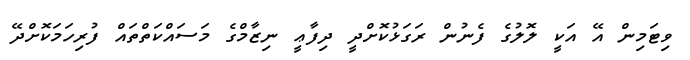
ވިޓަމިން އޭ އަކީ ލޮލުގެ ފެނުން ރަގަޅުކޮށްދީ ދިފާޢީ ނިޒާމްގެ މަސައްކަތްތައް ފުރިހަމަކޮށްދޭ